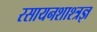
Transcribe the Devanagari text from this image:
रसायनशाश्त्रज्ञ